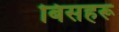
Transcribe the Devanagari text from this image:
बिसहरू